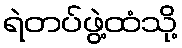
ရဲတပ်ဖွဲ့ထံသို့